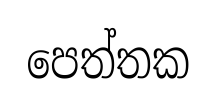
පෙත්තක